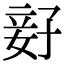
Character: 𫲨